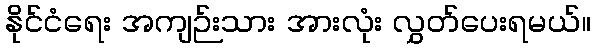
နိုင်ငံရေး အကျဉ်းသား အားလုံး လွှတ်ပေးရမယ်။